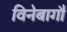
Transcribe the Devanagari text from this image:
विनेबागौ